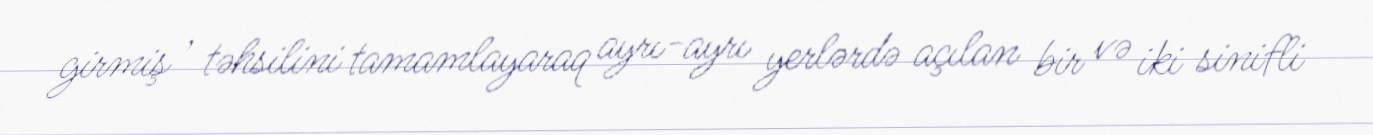
girmiş , təhsilini tamamlayaraq ayrı-ayrı yerlərdə açılan bir və iki sinifli